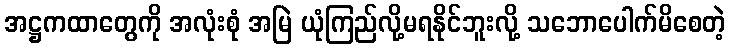
အဋ္ဌကထာတွေကို အလုံးစုံ အမြဲ ယုံကြည်လို့မရနိုင်ဘူးလို့ သဘောပေါက်မိစေတဲ့